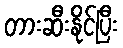
တားဆီးနိုင်ပြီး